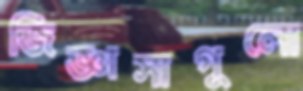
জিজ্ঞাসাগুলো